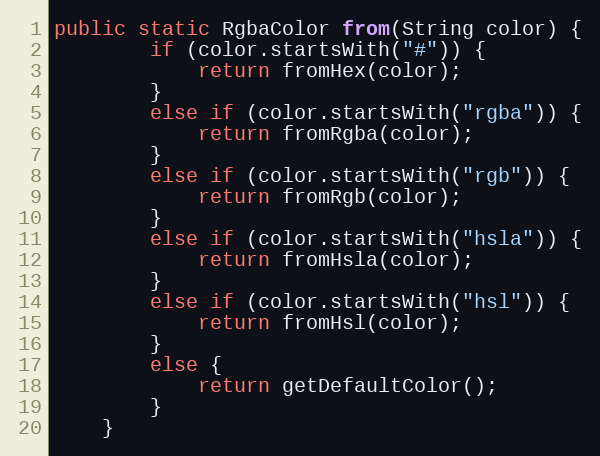
Language: Java
public static RgbaColor from(String color) {
        if (color.startsWith("#")) {
            return fromHex(color);
        }
        else if (color.startsWith("rgba")) {
            return fromRgba(color);
        }
        else if (color.startsWith("rgb")) {
            return fromRgb(color);
        }
        else if (color.startsWith("hsla")) {
            return fromHsla(color);
        }
        else if (color.startsWith("hsl")) {
            return fromHsl(color);
        }
        else {
            return getDefaultColor();
        }
    }